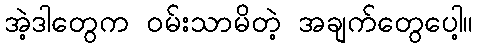
အဲ့ဒါတွေက ဝမ်းသာမိတဲ့ အချက်တွေပေါ့။